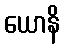
ယောနိ